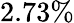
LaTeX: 2.73\%